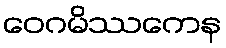
ဝေဂမိဿကေန